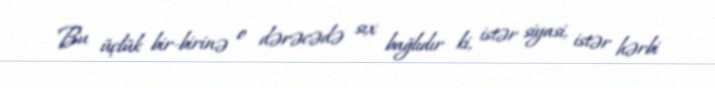
Bu üçlük bir-birinə o dərəcədə sıx bağlıdır ki, istər siyasi, istər hərbi